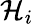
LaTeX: \mathcal{H}_{i}